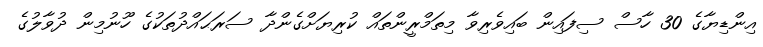
އިންޑިޔާގެ 30 ހާސް ސިފައިން ބައިވެރިވާ މިތަމްރީންތައް ކުރިޔަށްގެންދާ ސަރަޙައްދުތަކުގެ ހޫނުމިން ދުވާލުގެ